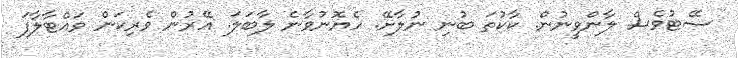
ސޭޓުވެސް ލާންވީނުން. ކާކުތަ ބުނި ނުލާށޭ. ހެޔޮނުވާނެ ލާބަލަ. އޭރުން ވެރިކަން ވައްޓާލާފަ